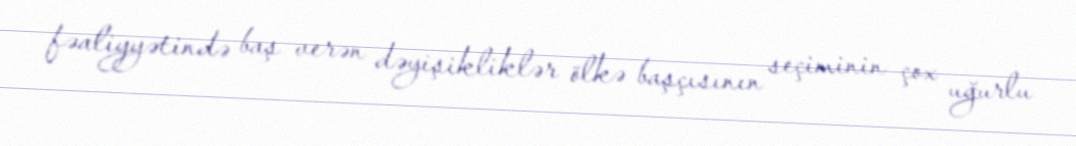
fəaliyyətində baş verən dəyişikliklər ölkə başçısının seçiminin çox uğurlu